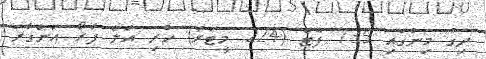
ދިގު މިނުގައި 735 ފޫޓް (224 މީޓަރު) ހުރި އަލް ފާރޯ އަންގާރަ